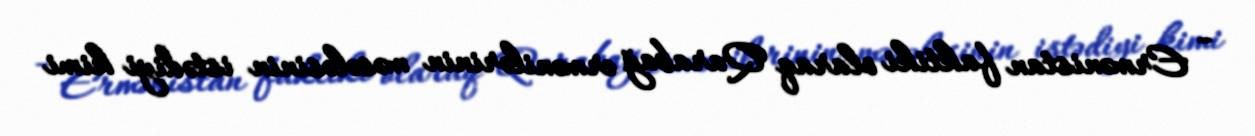
- Ermənistan faktiki olaraq Qarabağ ermənilərinin məsələsinin istədiyi kimi